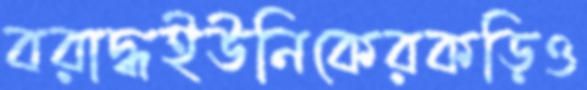
বরাদ্ধইউনিকেরকড়িও